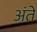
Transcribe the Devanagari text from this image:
अंते